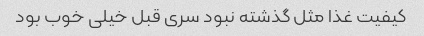
کیفیت غذا مثل گذشته نبود سری قبل خیلی خوب بود